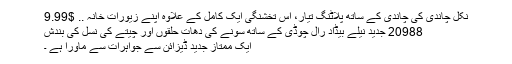
نکل چاندی کی چاندی کے ساتھ پلاٹنگ تیار، اس تخشنگی ایک کامل کے علاوہ اپنے زیورات خانہ .. $9.99
20988 جدید نیلے بیڈاد رال چوڈی کے ساتھ سونے کی دھات حلقوں اور چیتے کی نسل کی بندش
ایک ممتاز جدید ڈیزائن سے جواہرات سے ماورا ہے ۔